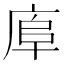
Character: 𢈹